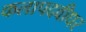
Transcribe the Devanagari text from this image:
कलापदवीधर